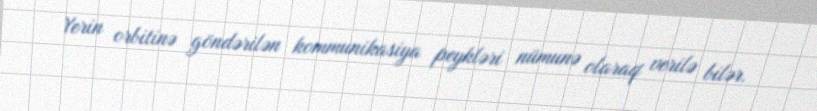
Yerin orbitinə göndərilən kommunikasiya peykləri nümunə olaraq verilə bilər.